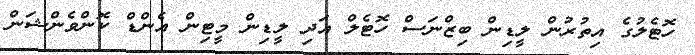
ހޮޓެލުގެ އިތުރުން ލީޑިން ބިޒްނަސް ހޮޓެލް އަދި ލީޑިން މީޓިން އެންޑް ކޮންވެންޝަން